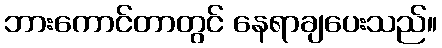
ဘားကောင်တာတွင် နေရာချပေးသည်။